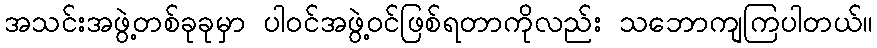
အသင်းအဖွဲ့တစ်ခုခုမှာ ပါဝင်အဖွဲ့ဝင်ဖြစ်ရတာကိုလည်း သဘောကျကြပါတယ်။